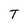
Character: T